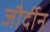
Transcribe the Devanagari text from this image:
जौर्दीन